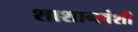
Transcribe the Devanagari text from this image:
शाशानवंशी